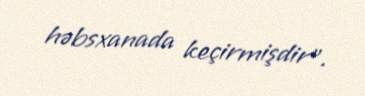
həbsxanada keçirmişdir”.